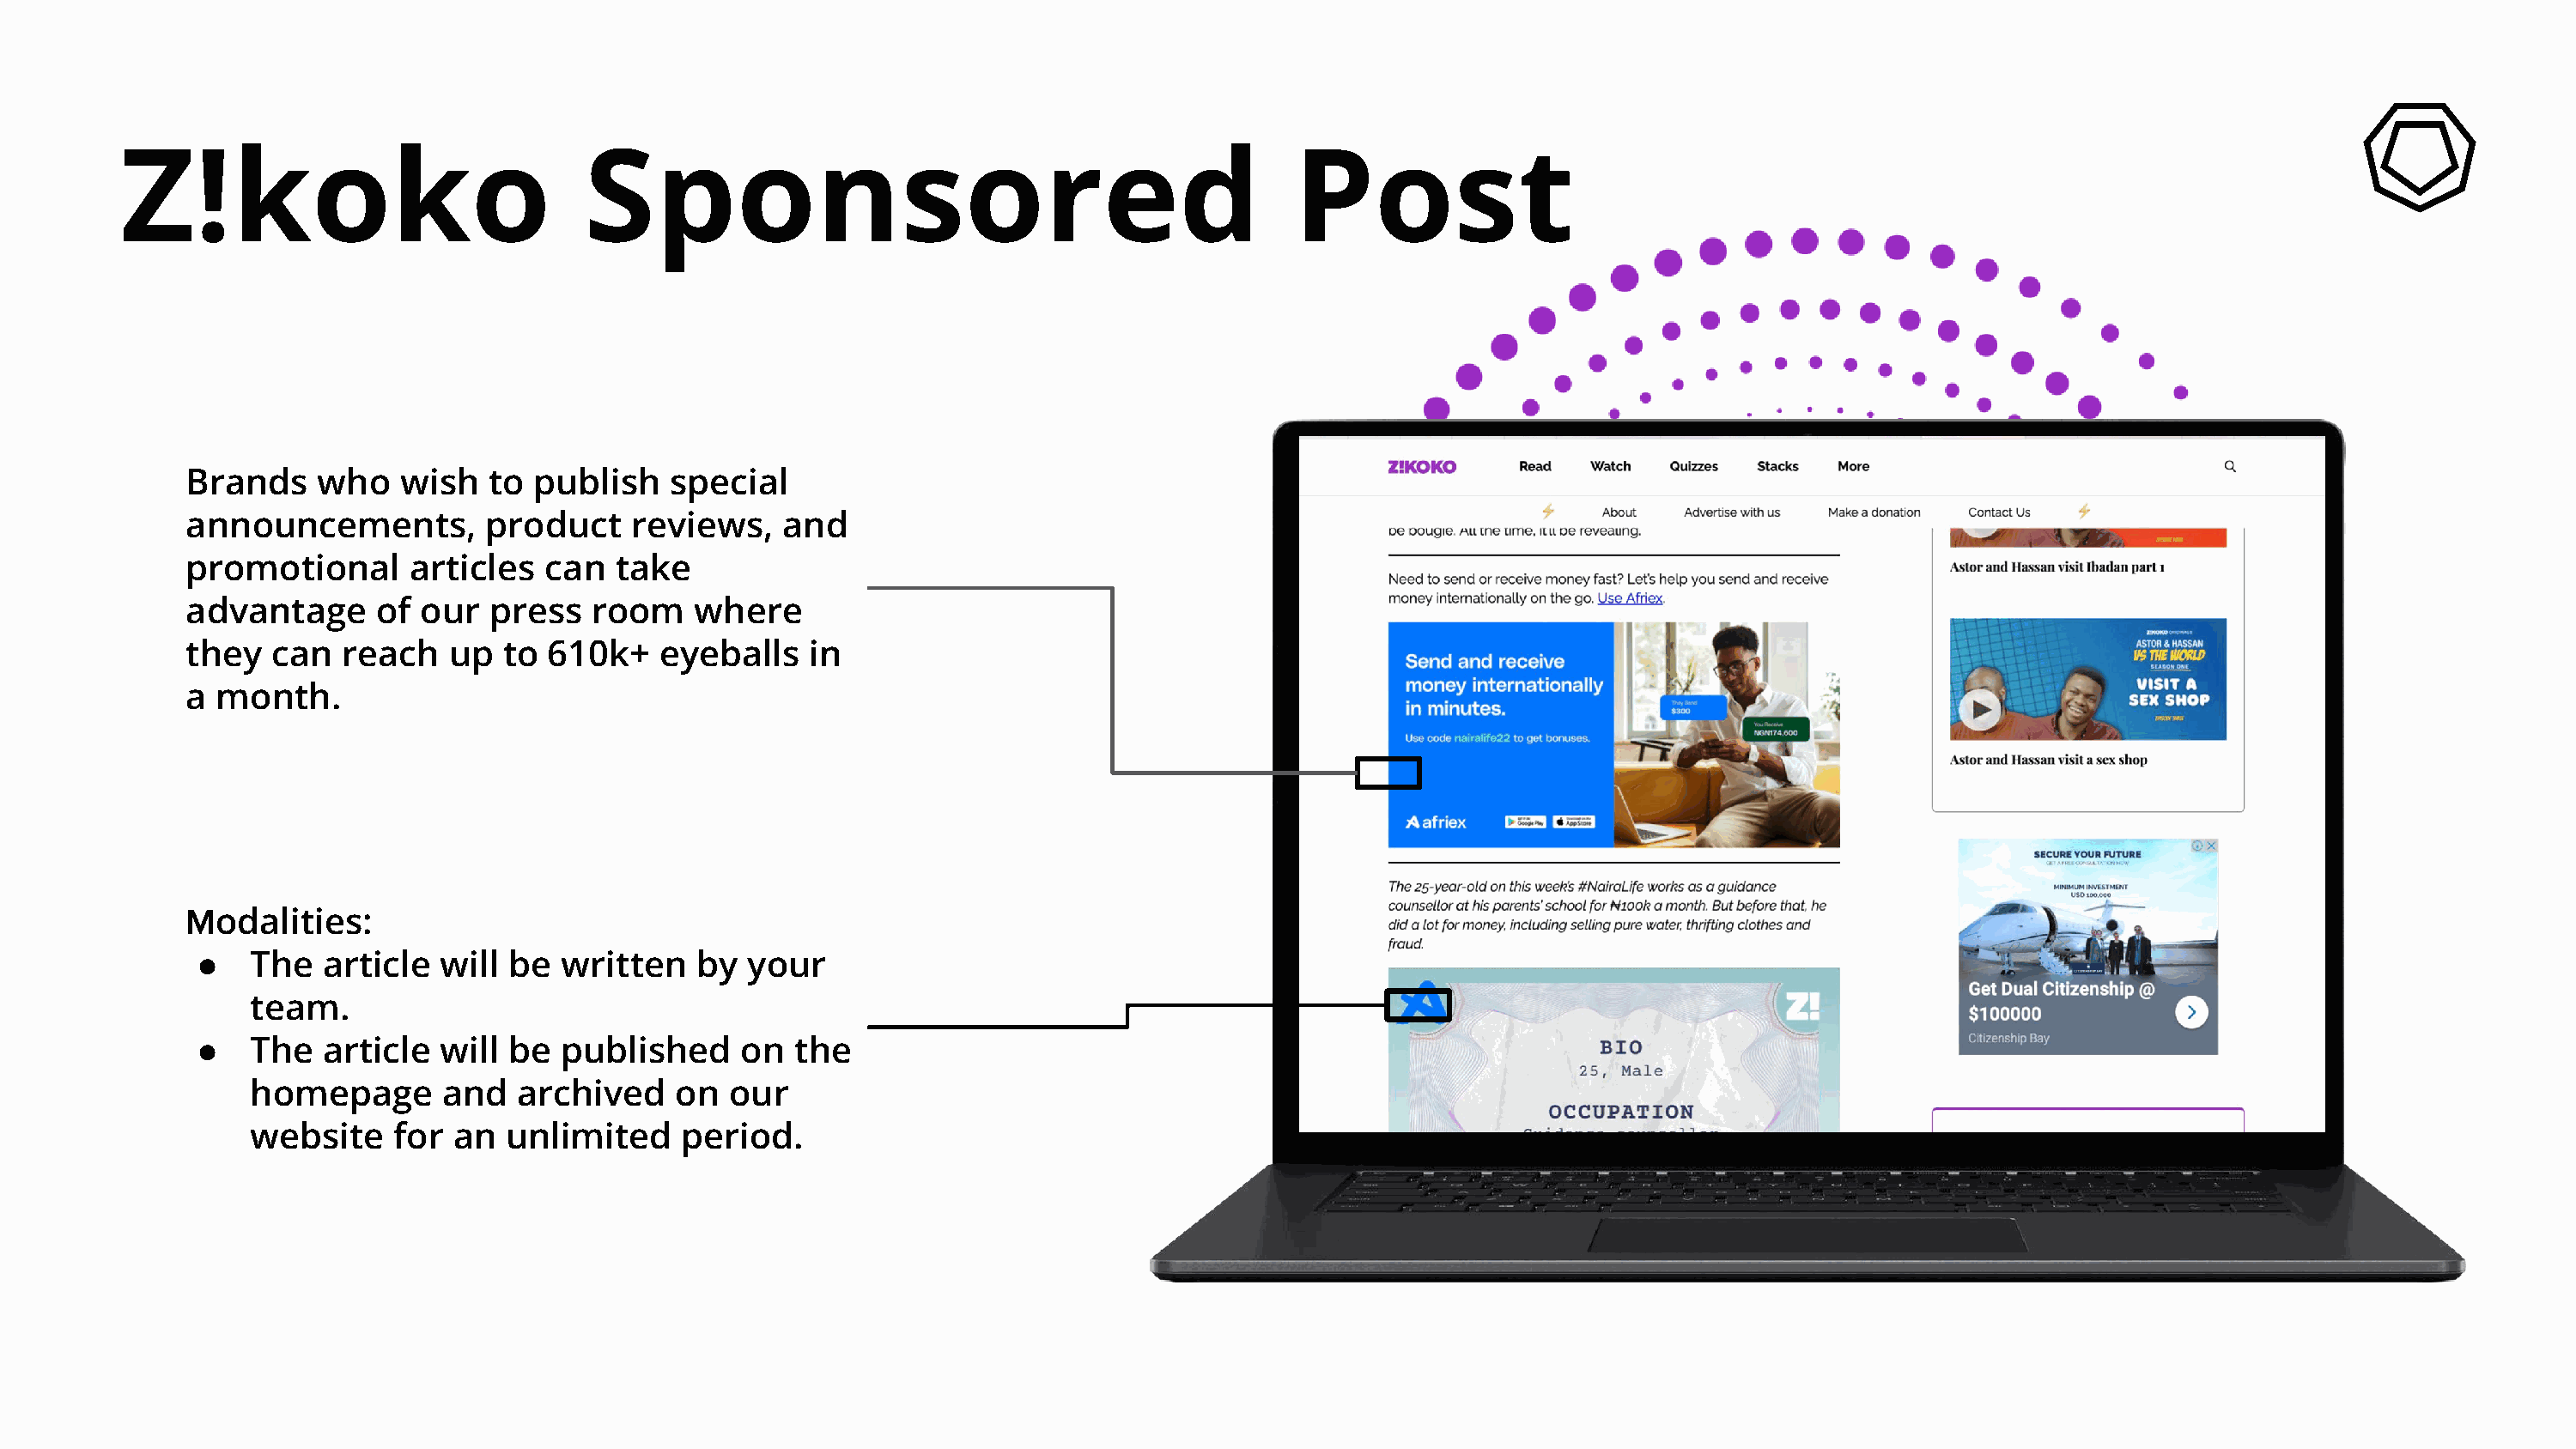
Z!koko                              Sponsored                                              Post
 Brands    who    wish   to publish    special
 announcements,         product     reviews,   and
 promotional       articles  can  take
 advantage      of our   press   room    where
 they   can  reach    up  to 610k+    eyeballs   in
 a  month.
 Modalities:
 ●   The   article  will be  written    by  your
 team.
 ●   The   article  will be  published     on  the
 homepage       and   archived    on  our
 website    for  an  unlimited     period.